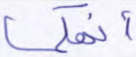
أنهكما